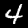
Digit: 4